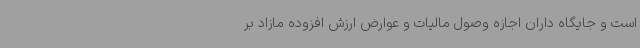
است و جایگاه داران اجازه وصول مالیات و عوارض ارزش افزوده مازاد بر